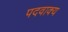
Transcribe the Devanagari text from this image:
पदवाक्य